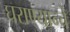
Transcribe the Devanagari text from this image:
घराण्यान्चे